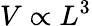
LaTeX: V\propto L^{3}